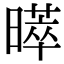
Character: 𭧩